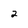
Character: 2